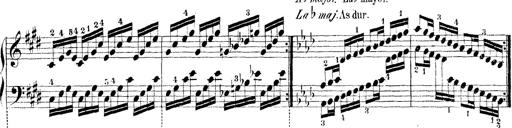
Title: Technische Studien
Composer: Franz Liszt